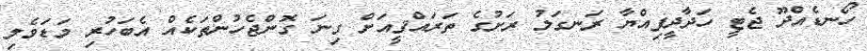
ހޯނޑެއްދޫ ޖެޓީ ހަދާދީފިއްޔާ ރަނގަލު ރަށުގެ ތަރައްޤީއަށް ގިނަ ގޮންޖެހުންތަކެއް އެބަހުރި މަޑަވެލި